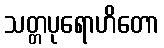
သတ္တပုရောဟိတော